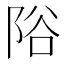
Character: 䧍